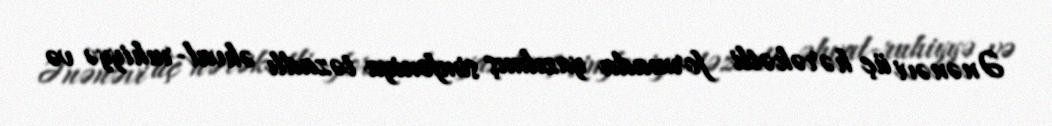
Ənənəvi üç hərəkətli formada yazılmış simfoniya təzadlı əhval-ruhiyyə və